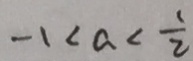
- 1 < a < \frac { 1 } { 2 }